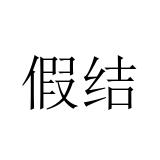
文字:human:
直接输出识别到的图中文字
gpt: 假结